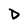
Character: D